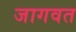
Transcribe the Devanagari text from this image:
जागवत